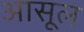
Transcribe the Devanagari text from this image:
आसूल